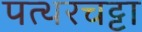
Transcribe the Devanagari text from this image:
पत्थरचट्टा